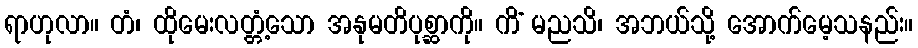
ရာဟုလာ။ တံ၊ ထိုမေးလတ္တံ့သော အနုမတိပုစ္ဆာကို။ ကိံ မညသိ၊ အဘယ်သို့ အောက်မေ့သနည်း။